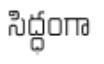
సిద్ధంగా